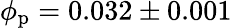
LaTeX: \phi_{\mathrm{p}}=0.032\pm 0.001